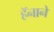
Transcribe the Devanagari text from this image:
हॅनाने